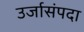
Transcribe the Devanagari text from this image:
उर्जासंपदा